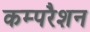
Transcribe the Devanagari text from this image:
कम्परैशन